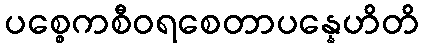
ပစ္စေကစီဝရစေတာပန္နေဟိတိ